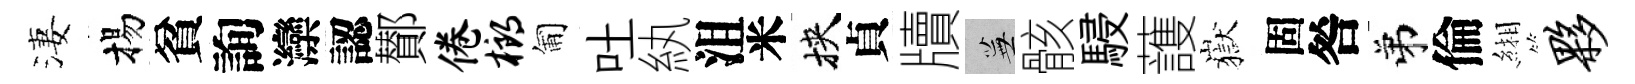
淒揚貧詢灤認鄼倦榔匍吐紈沮米挾貞牘蕪骸駸䕶嶽固咎弟倫緗夥